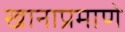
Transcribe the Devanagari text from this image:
खानाप्रमाणे